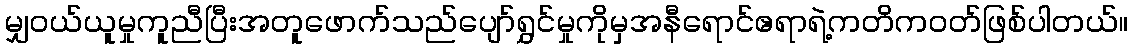
မျှဝယ်ယူမှုကူညီပြီးအတူဖောက်သည်ပျော်ရွှင်မှုကိုမှအနီရောင်ဧရာရဲ့ကတိကဝတ်ဖြစ်ပါတယ်။